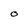
Character: o